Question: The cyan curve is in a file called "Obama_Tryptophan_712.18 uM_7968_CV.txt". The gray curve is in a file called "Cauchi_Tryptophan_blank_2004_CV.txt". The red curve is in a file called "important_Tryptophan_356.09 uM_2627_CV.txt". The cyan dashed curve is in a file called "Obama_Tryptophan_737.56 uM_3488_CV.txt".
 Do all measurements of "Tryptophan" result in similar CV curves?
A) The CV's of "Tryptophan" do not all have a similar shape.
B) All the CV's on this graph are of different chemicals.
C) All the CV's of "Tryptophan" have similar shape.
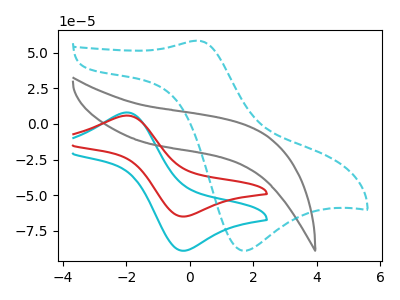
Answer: <think>The cyan curve "Tryptophan, 712.18 uM" has an anodic peak at (-2.00V, 8.05uA) and a cathodic peak at (-0.15V, -88.90uA). The gray curve "Tryptophan, blank" has no peaks. The red curve "Tryptophan, 356.09 uM" has an anodic peak at (-2.00V, 5.85uA) and a cathodic peak at (-0.15V, -64.95uA). The cyan dashed curve "Tryptophan, 737.56 uM" has an anodic peak at (0.25V, 58.40uA) and a cathodic peak at (1.65V, -88.90uA).
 "Tryptophan, 712.18 uM" and "Tryptophan, blank" have a different number of peaks. All the peaks in "Tryptophan, 712.18 uM" have a peak in "Tryptophan, 356.09 uM" at the same potential. Every peak in "Tryptophan, 712.18 uM" is higher than every peak in "Tryptophan, 356.09 uM". "Tryptophan, 712.18 uM" and "Tryptophan, 737.56 uM" have at least one peak that do not match. "Tryptophan, blank" and "Tryptophan, 356.09 uM" have a different number of peaks. "Tryptophan, blank" and "Tryptophan, 737.56 uM" have a different number of peaks. "Tryptophan, 356.09 uM" and "Tryptophan, 737.56 uM" have at least one peak that do not match.</think>
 <answer>C) All the CV's of "Tryptophan" have similar shape.</answer>
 <eval>C</eval>